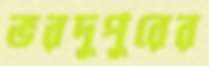
ভরদুপুরের